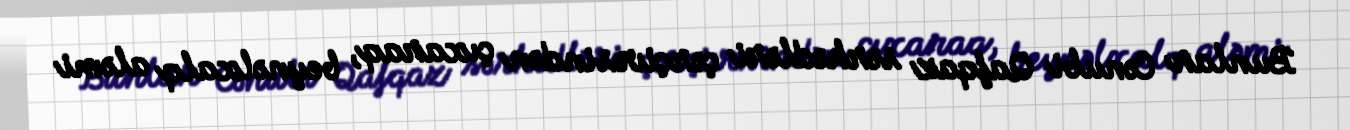
Bunlar Cənubi Qafqaz sərhədləri çərçivəsindən çıxaraq, beynəlxalq aləmi